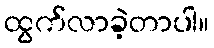
ထွက်လာခဲ့တာပါ။